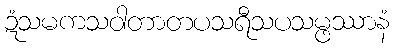
ဍံသမကသဝါတာတပသရီသပသမ္ဖဿာနံ